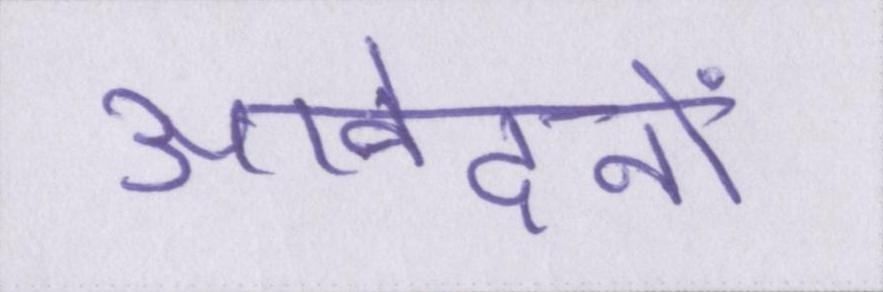
आवेदनों